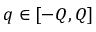
q \in [ - Q , Q ]